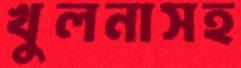
খুলনাসহ